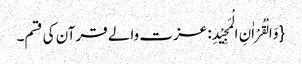
{وَ الْقُرْاٰنِ الْمَجِیْدِ: عزت والے قرآن کی قسم۔